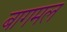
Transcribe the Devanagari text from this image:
बागमल